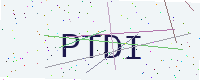
Text: PTDI